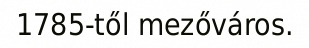
1785-től mezőváros.